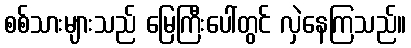
စစ်သားများသည် မြေကြီးပေါ်တွင် လှဲနေကြသည်။